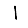
Digit: 1